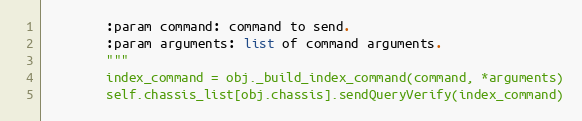
Language: Python
        :param command: command to send.
        :param arguments: list of command arguments.
        """
        index_command = obj._build_index_command(command, *arguments)
        self.chassis_list[obj.chassis].sendQueryVerify(index_command)